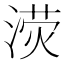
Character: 𣸨